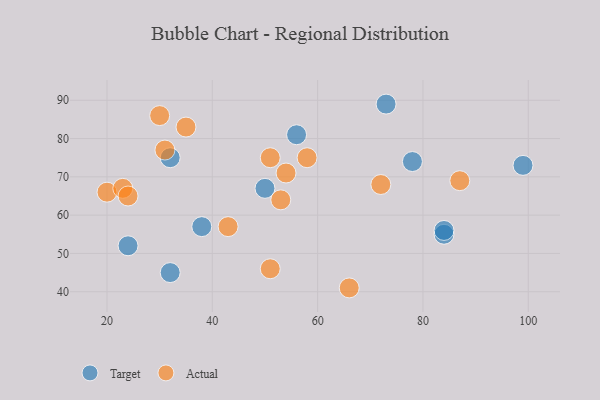
{"axis": {"x": "GDP", "y": "Life Expectancy"}, "legend": ["Actual", "Target"], "data": [{"x": "38", "y": 57, "type": "Target"}, {"x": "24", "y": 52, "type": "Target"}, {"x": "50", "y": 67, "type": "Target"}, {"x": "84", "y": 55, "type": "Target"}, {"x": "56", "y": 81, "type": "Target"}, {"x": "32", "y": 75, "type": "Target"}, {"x": "78", "y": 74, "type": "Target"}, {"x": "99", "y": 73, "type": "Target"}, {"x": "84", "y": 56, "type": "Target"}, {"x": "32", "y": 45, "type": "Target"}, {"x": "73", "y": 89, "type": "Target"}, {"x": "53", "y": 64, "type": "Actual"}, {"x": "35", "y": 83, "type": "Actual"}, {"x": "51", "y": 75, "type": "Actual"}, {"x": "58", "y": 75, "type": "Actual"}, {"x": "87", "y": 69, "type": "Actual"}, {"x": "20", "y": 66, "type": "Actual"}, {"x": "23", "y": 67, "type": "Actual"}, {"x": "66", "y": 41, "type": "Actual"}, {"x": "24", "y": 65, "type": "Actual"}, {"x": "54", "y": 71, "type": "Actual"}, {"x": "51", "y": 46, "type": "Actual"}, {"x": "72", "y": 68, "type": "Actual"}, {"x": "31", "y": 77, "type": "Actual"}, {"x": "43", "y": 57, "type": "Actual"}, {"x": "30", "y": 86, "type": "Actual"}]}